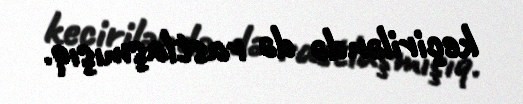
keçiriləndə də rastlaşmışıq.